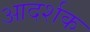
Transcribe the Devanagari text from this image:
आदर्शक